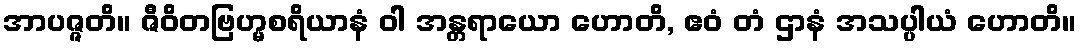
အာပဇ္ဇတိ။ ဇီဝိတဗြဟ္မစရိယာနံ ဝါ အန္တရာယော ဟောတိ, ဧဝံ တံ ဌာနံ အသပ္ပါယံ ဟောတိ။